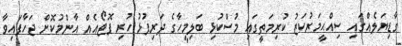
ގާޑިޔަލެއްގައި ސިއްޙީމަރުކަޒު ކުރިމަތީގައި މުސްކުޅި ބަލިމީހާގެ ދަރިފުޅު ހުރި ފޮޓޯއެއް އާންމުކޮށް ޖަހާފައިވާ